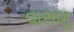
વાસણૢ